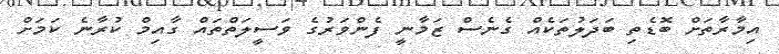
އިމާރާތަށް ބޮޑެތި ބަދަލުތަކެއް ގެނެސް ޒަމާނީ ފެންވަރުގެ ވަސީލަތްތައް ގާއިމް ކުރާނެ ކަމަށް